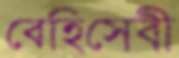
বেহিসেবী